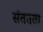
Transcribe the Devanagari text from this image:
संततता